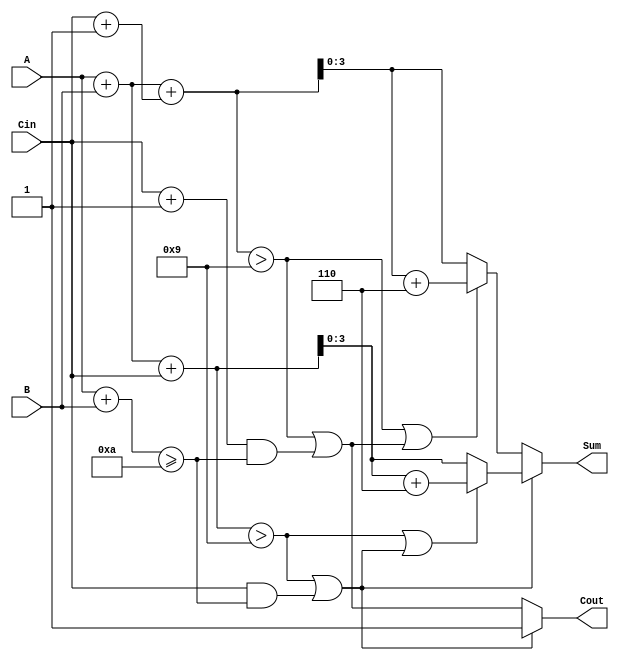
module BCD_MCSA (
    input  wire [3:0] A,     // BCD input A
    input  wire [3:0] B,     // BCD input B
    input  wire Cin,         // Carry-in
    output reg  [3:0] Sum,   // BCD output Sum
    output reg  Cout         // Carry-out
);

    wire [4:0] Sum0, Sum1;      // 5-bit to hold sums (allow for carry)
    wire Cout0, Cout1;          // Carry-out for both sums
    wire BCD_Correction0, BCD_Correction1;

    // Initial addition for Sum0 and Sum1
    assign Sum0 = A + B + Cin;  // Sum when carry is 0
    assign Sum1 = A + B + (Cin + 1'b1); // Sum when carry is 1

    // Carry-out generation
    assign Cout0 = (Sum0 > 4'd9) || (Cin && (A + B >= 4'd10));
    assign Cout1 = (Sum1 > 4'd9) || ((Cin + 1'b1) && (A + B >= 4'd10));

    // BCD Correction Logic
    wire [3:0] CorrectedSum0 = Sum0[3:0] + 4'd6; // Apply correction for Sum0
    wire [3:0] CorrectedSum1 = Sum1[3:0] + 4'd6; // Apply correction for Sum1

    // Determine if BCD correction is needed
    assign BCD_Correction0 = (Sum0 > 4'd9) || Cout0; // if Sum0 needs correction
    assign BCD_Correction1 = (Sum1 > 4'd9) || Cout1; // if Sum1 needs correction

    always @(*) begin
        // Select the BCD corrected sum based on carry-out
        if (Cout0) begin
            Sum = BCD_Correction0 ? CorrectedSum0 : Sum0[3:0];
            Cout = Cout0;
        end else begin
            Sum = BCD_Correction1 ? CorrectedSum1 : Sum1[3:0];
            Cout = Cout1;
        end
    end

endmodule